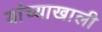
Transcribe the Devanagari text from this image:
यांच्याखाली